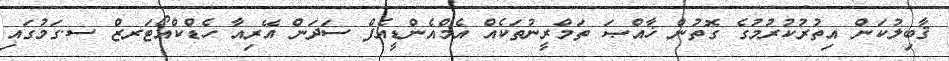
ޤާބިލުކަން އިތުރުކުރުމުގެ ގޮތުން ޚާއްޞަ ތަމްރީނުތަކެއް އެމްއެންޑީއެފް ސަދަން އޭރިއާ ހެޑްކްއޯޓަރޒް ސ.ގަމުގައި